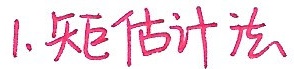
1. 矩估计法